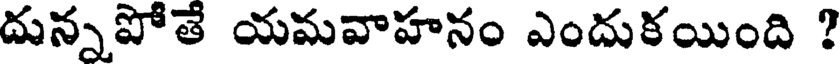
దున్నపోతే యమవాహనం ఎందుకయింది ?